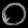
Digit: ၀